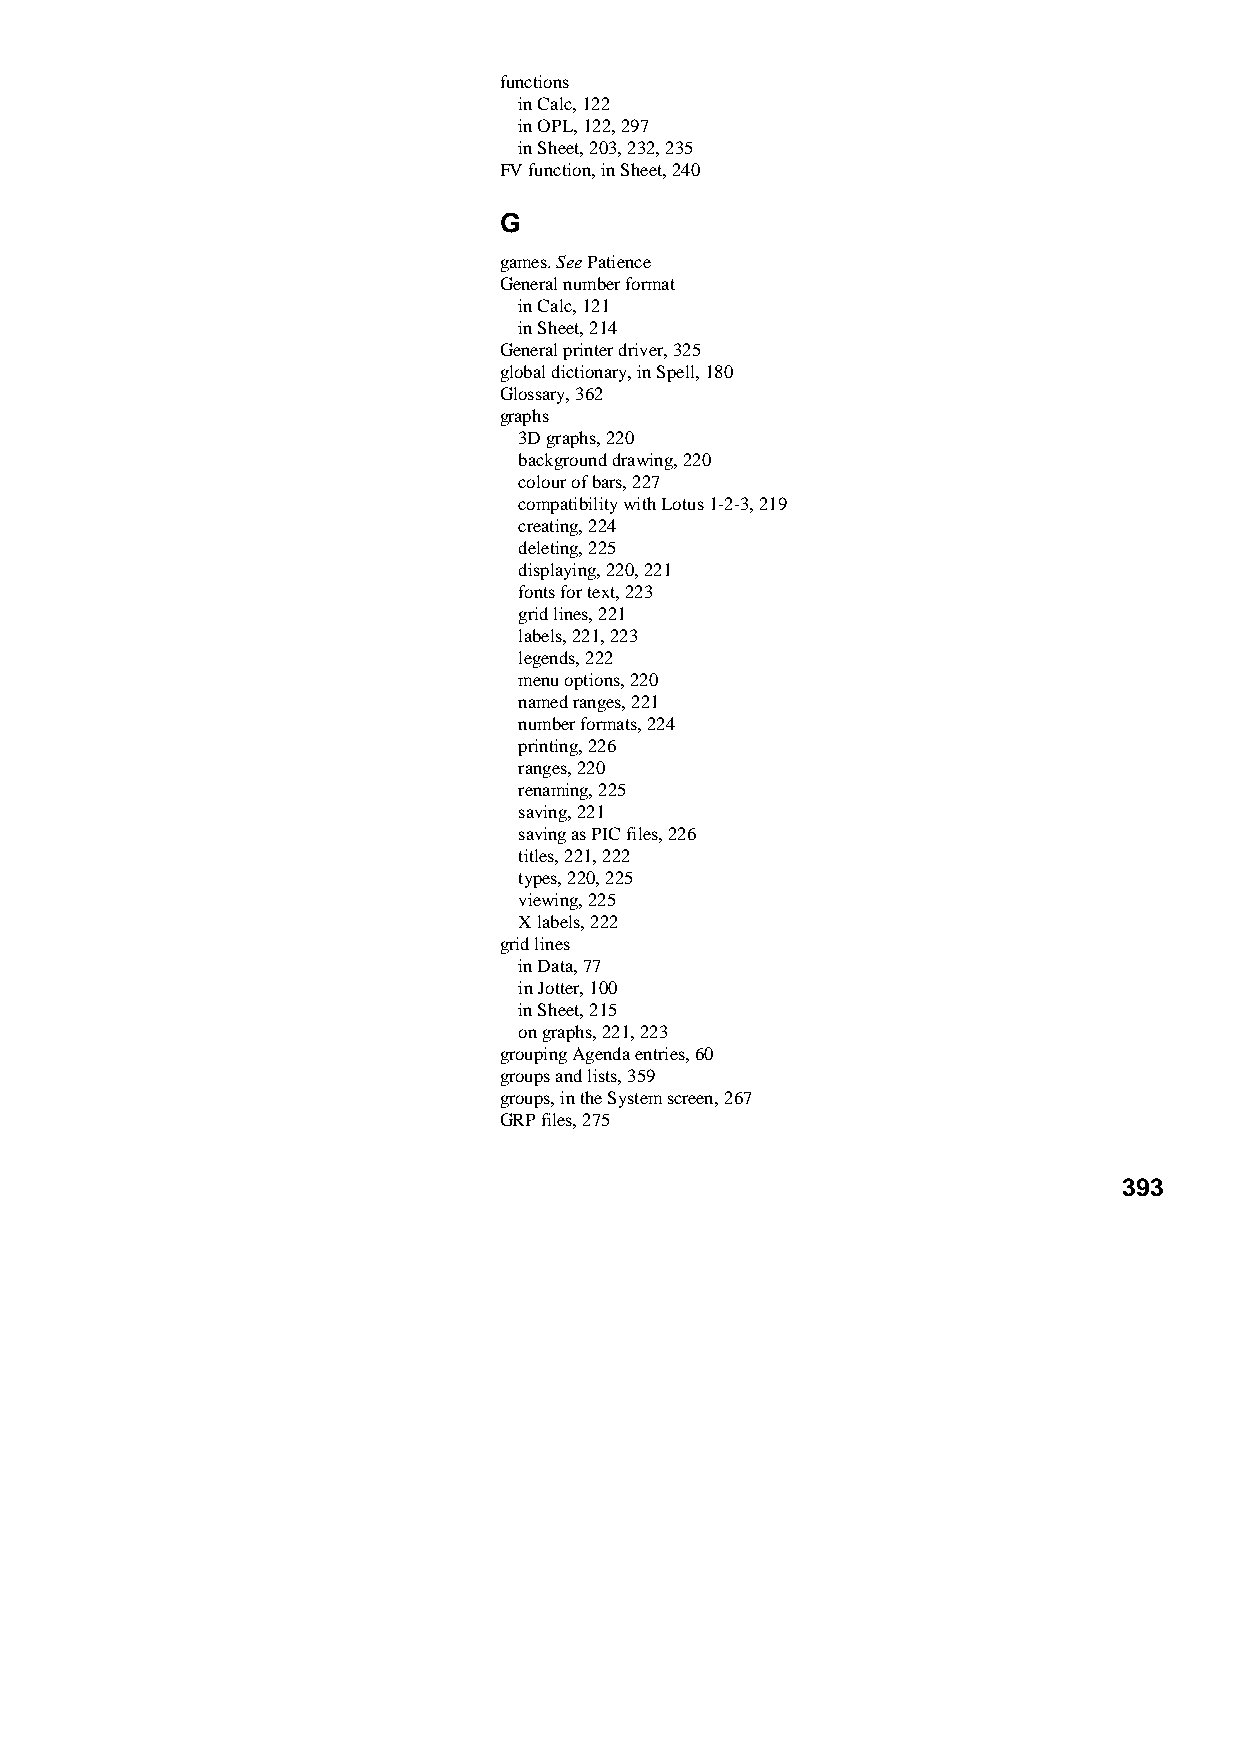
functions
 in Calc, 122
 in OPL, 122, 297
 in Sheet, 203, 232, 235
 FV function, in Sheet, 240
 G
 games. See Patience
 General number format
 in Calc, 121
 in Sheet, 214
 General printer driver, 325
 global dictionary, in Spell, 180
 Glossary, 362
 graphs
 3D graphs, 220
 background drawing, 220
 colour of bars, 227
 compatibility with Lotus 1-2-3, 219
 creating, 224
 deleting, 225
 displaying, 220, 221
 fonts for text, 223
 grid lines, 221
 labels, 221, 223
 legends, 222
 menu options, 220
 named ranges, 221
 number formats, 224
 printing, 226
 ranges, 220
 renaming, 225
 saving, 221
 saving as PIC files, 226
 titles, 221, 222
 types, 220, 225
 viewing, 225
 X labels, 222
 grid lines
 in Data, 77
 in Jotter, 100
 in Sheet, 215
 on graphs, 221, 223
 grouping Agenda entries, 60
 groups and lists, 359
 groups, in the System screen, 267
 GRP files, 275
 393